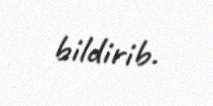
bildirib.